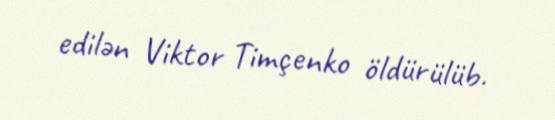
edilən Viktor Timçenko öldürülüb.